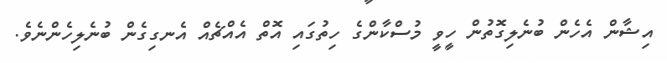
އިޝާން އެހެން ބުނެލިގޮތުން ހީވީ މުސްކާންގެ ހިތުގައި އޮތް އެއްޗެއް އެނގިގެން ބުނެލިހެންނެވެ.